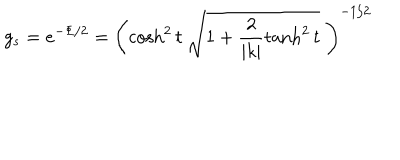
g _ { s } = e ^ { - \Phi / 2 } = \left( \cosh ^ { 2 } t \; \sqrt { 1 + \frac { 2 } { | k | } \tanh ^ { 2 } t } \; \right) ^ { - 1 / 2 }